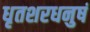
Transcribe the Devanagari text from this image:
धृतशरधनुषं